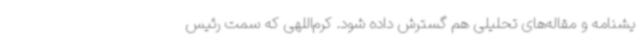
یشنامه و مقاله‌های تحلیلی هم گسترش داده شود. کرم‌اللهی که سمت رئیس